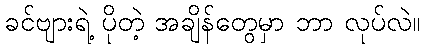
ခင်ဗျားရဲ့ ပိုတဲ့ အချိန်တွေမှာ ဘာ လုပ်လဲ။